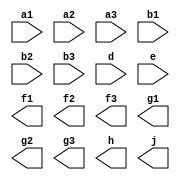
module test5 (a1, a2, a3, b1, b2, b3, d, e, 
             f1, f2, f3, g1, g2, g3, h, j);
             
parameter P1 = 4;
parameter P2 = P1*2;

input  [3:0] a1, a2, a3;
input        b1, b2, b3;
input  [P2-1:0] d;
input        e;

output [P1-1:0] f1, f2, f3;
output       g1, g2, g3;
output [7:0] h;
output       j;

wire   [3:0] a2, a3;
wire   b2, e;

reg    [3:0] f2, f3;
reg    g2, j;


reg  [7:0]  x1, x2;
reg         y, z;

endmodule


module test6 #(
parameter P1 = 4,
parameter P2 = P1*2
)
(

input  [3:0] a1, a2, a3,
input        b1, b2, b3,
input  [P2-1:0] d,
input        e,

output reg [P1-1:0] f1, f2, f3,
output           g1, g2, g3,
output     [7:0] h,
output reg       j

);

reg [3:0] tmp;

endmodule